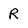
Character: R